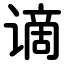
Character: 谪